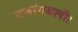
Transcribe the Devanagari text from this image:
बजरंगबली।